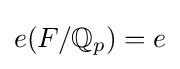
e(F/\mathbb {Q} _{p})=e